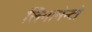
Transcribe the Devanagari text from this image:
लिगामेन्टों